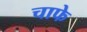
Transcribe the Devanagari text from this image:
चाफे